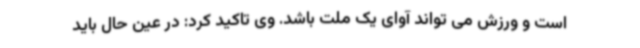
است و ورزش می تواند آوای یک ملت باشد. وی تاکید کرد: در عین حال باید